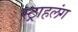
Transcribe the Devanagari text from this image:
स्‍ट्राहलंग